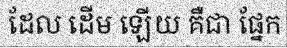
ដែល ដើម ឡើយ គឺជា ផ្នែក